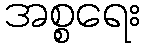
အစ္စရေး